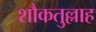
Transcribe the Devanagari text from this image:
शौकतुल्लाह